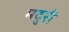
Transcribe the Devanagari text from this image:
मदुरी